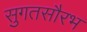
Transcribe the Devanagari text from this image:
सुगतसौरभ